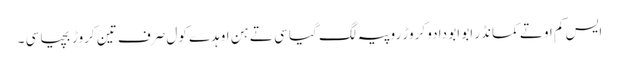
ایس کم اوتے کمانڈر ابو ابو دا دو کروڑ روپیہ لگ گیا سی تے ہن اوہدے کول صرف تین کروڑ بچیا سی ۔